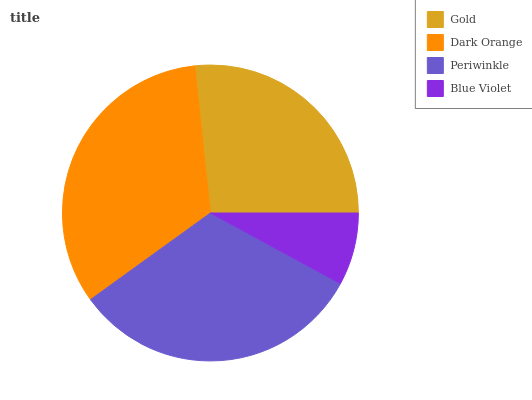
| Gold | Dark Orange | Periwinkle | Blue Violet |
 | --- | --- | --- | --- |
 | 26.7% | 33.2% | 32.1% | 7.91% |